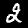
Digit: 2